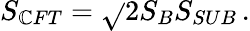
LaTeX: S_{\mathbb{C}FT}=\sqrt{}{{2S_{B}S_{SUB}}}\, .